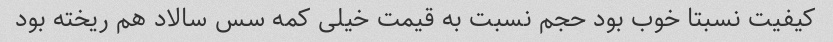
کیفیت نسبتا خوب بود حجم نسبت به قیمت خیلی کمه سس سالاد هم ریخته بود